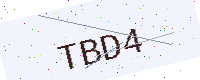
Text: TBD4